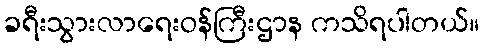
ခရီးသွားလာရေးဝန်ကြီးဌာန ကသိရပါတယ်။